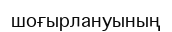
шоғырлануының